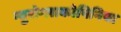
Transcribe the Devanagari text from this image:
न्युरोग्लाकोपिनिया